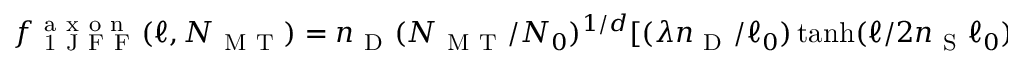
f _ { \mathrm { ~ 1 ~ J ~ F ~ F ~ } } ^ { \mathrm { ~ a ~ x ~ o ~ n ~ } } ( \ell , N _ { \mathrm { ~ M ~ T ~ } } ) = n _ { \mathrm { ~ D ~ } } ( N _ { \mathrm { ~ M ~ T ~ } } / N _ { 0 } ) ^ { 1 / d } [ ( \lambda n _ { \mathrm { ~ D ~ } } / \ell _ { 0 } ) \operatorname { t a n h } ( \ell / 2 n _ { \mathrm { ~ S ~ } } \ell _ { 0 } ) - n _ { \mathrm { ~ S ~ } } ]